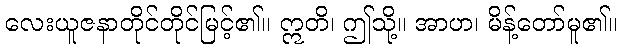
လေးယူဇနာတိုင်တိုင်မြင့်၏။ ဣတိ၊ ဤသို့။ အာဟ၊ မိန့်တော်မူ၏။